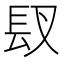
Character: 𮣸